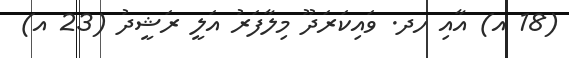
(18 އ) އާއި ހދ. ވައިކަރަދޫ މިލާފަރު އަލީ ރަޝީދު (23 އ)